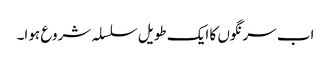
اب سرنگوں کا ایک طویل سلسلہ شروع ہوا۔